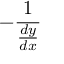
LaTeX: - { \frac { 1 } { \frac { d y } { d x } } }